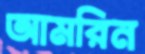
আমরিন